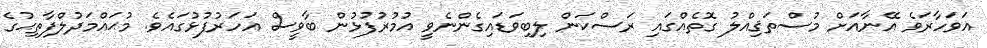
އަވަހާރަވެ އޭނާއަށް މުސްތަޤިއްލު ގޮތެއްގައި ރަސްކަން ލިބިވަޑައިގެންނެވީ އުމުރުފުޅުން ބާވީސް އަހަރުފުޅުގައެވެ. މުޙައްމަދުލްފާތިޙުގެ